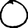
Digit: 0